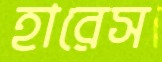
হারেস